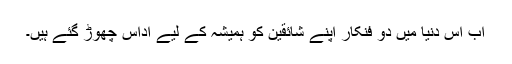
اب اس دنیا میں دو فنکار اپنے شائقین کو ہمیشہ کے لیے اداس چھوڑ گئے ہیں۔